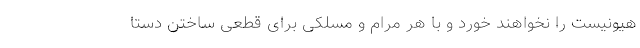
هیونیست را نخواهند خورد و با هر مرام و مسلکی برای قطعی ساختن دستا